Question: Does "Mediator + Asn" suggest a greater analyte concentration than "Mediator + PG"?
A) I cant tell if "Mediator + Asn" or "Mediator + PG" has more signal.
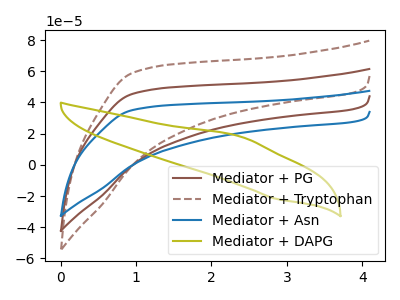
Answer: <think>The brown curve "Mediator + PG" has no peaks. The brown dashed curve "Mediator + Tryptophan" has no peaks. The blue curve "Mediator + Asn" has no peaks. The olive curve "Mediator + DAPG" has an anodic peak at (2.40V, 18.20uA) and a cathodic peak at (2.85V, -21.85uA).
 Neither "Mediator + Asn" or "Mediator + PG" have any peaks.</think>
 <answer>A) I cant tell if "Mediator + Asn" or "Mediator + PG" has more signal.</answer>
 <eval>A</eval>